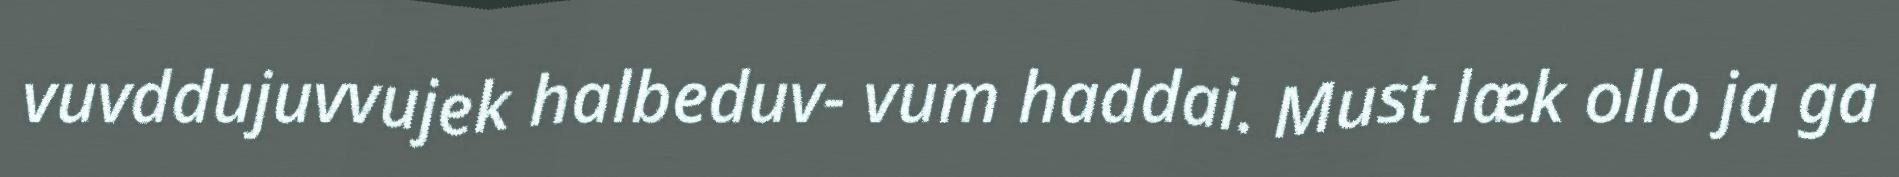
vuvddujuvvujek halbeduv- vum haddai. Must læk ollo ja ga